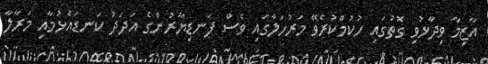
އާޒިމާ ވިދާޅުވި ގޮތުގައި ހުކުމްކުރެވޭ މަރުހަލާގައި ވެސް ފަނޑިޔާރުންގެ އަދަދު ކަނޑައެޅުމާއި މަރާލާ